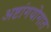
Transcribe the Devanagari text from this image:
अष्टांगयोगात